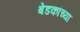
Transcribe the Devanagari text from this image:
बेडकांच्या